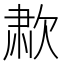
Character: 𰙑